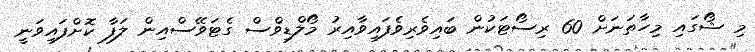
މި ޝޯގައި މިހާތަނަށް 60 ރިސޯޓަކުން ބައިވެރިވެފައިވާއިރު މޯލްޑިވްސް ގެޓަވޭސްއިން ލަފާ ކޮށްފައިވަނީ